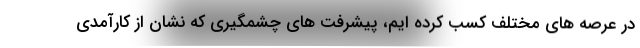
در عرصه های مختلف کسب کرده ایم، پیشرفت های چشمگیری که نشان از کارآمدی